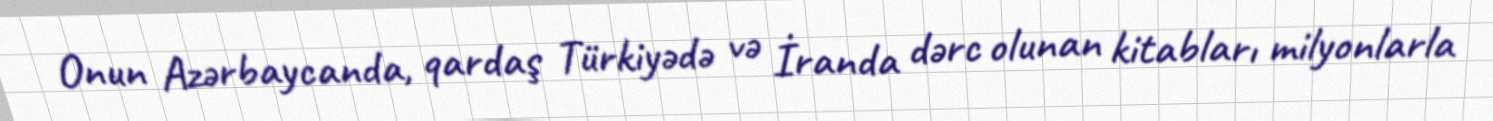
Onun Azərbaycanda, qardaş Türkiyədə və İranda dərc olunan kitabları milyonlarla